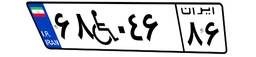
۷۲W۳۶۷۲۷